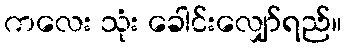
ကလေး သုံး ခေါင်းလျှော်ရည်။